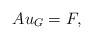
LaTeX: \begin{align*}A u_G =F, \end{align*}